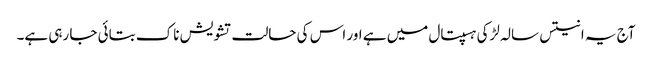
آج یہ انتیس سالہ لڑکی ہسپتال میں ہے اور اس کی حالت تشویش ناک بتائی جا رہی ہے۔